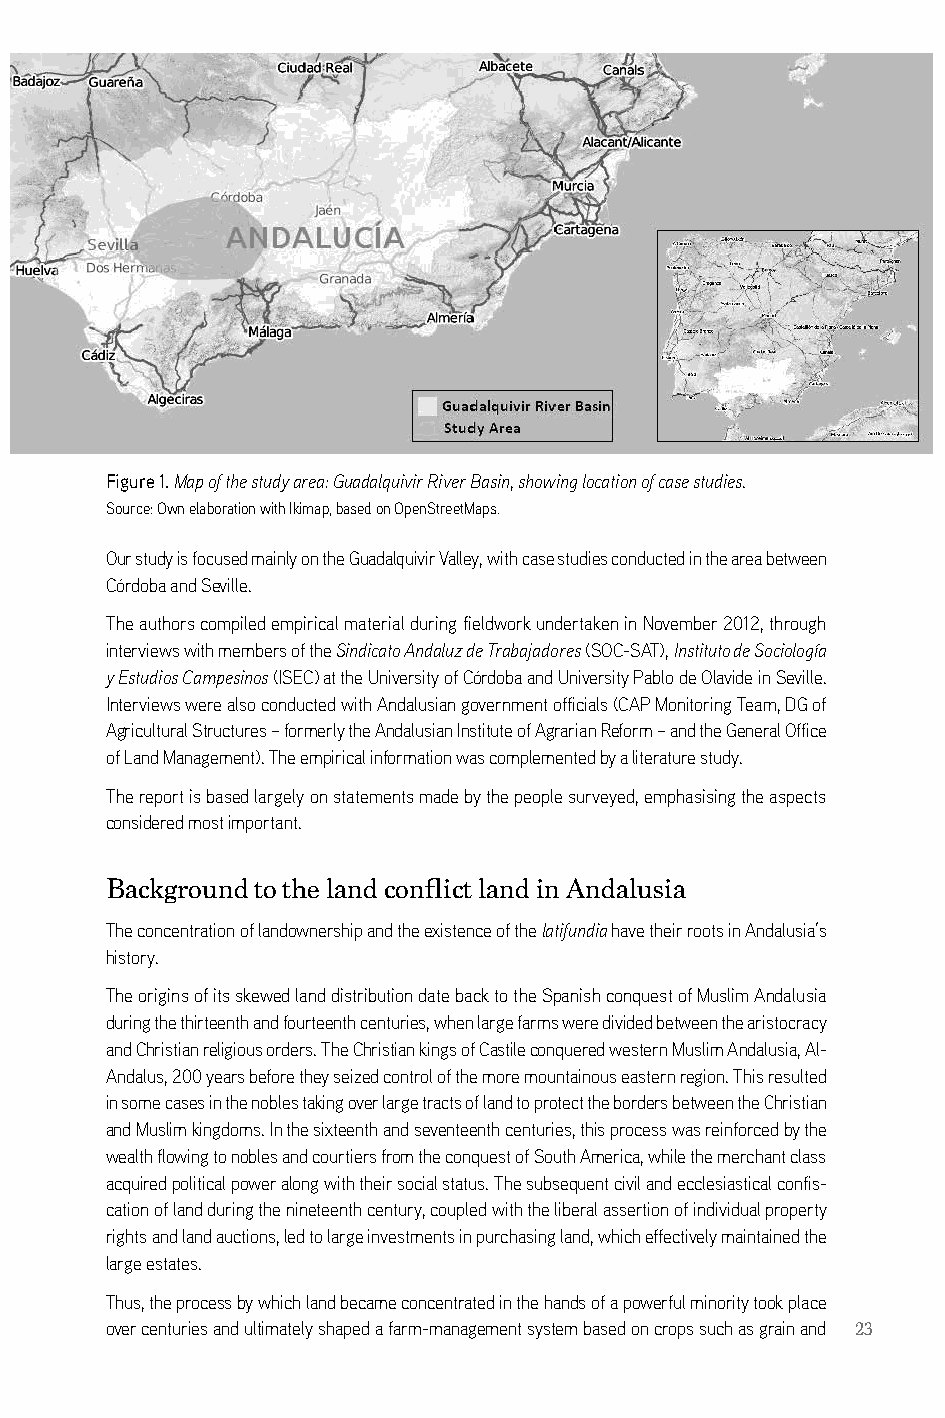
3. Andalusia
 Figure 1. Map of the study area: Guadalquivir River Basin, showing location of case studies.
 source: own elaboration with ikimap, based on openstreetMaps.
 our study is focused mainly on the guadalquivir Valley, with case studies conducted in the area between
 córdoba and seville.
 The authors compiled empirical material during fieldwork undertaken in november 2012, through
 interviews with members of the Sindicato Andaluz de Trabajadores (soc-saT), Instituto de Sociología
 y Estudios Campesinos (isec) at the University of córdoba and University Pablo de olavide in seville.
 interviews were also conducted with andalusian government officials (caP Monitoring Team, dg of
 agricultural structures – formerly the andalusian institute of agrarian reform – and the general office
 of land Management). The empirical information was complemented by a literature study.
 The report is based largely on statements made by the people surveyed, emphasising the aspects
 considered most important.
 Background to the land conflict land in Andalusia
 The concentration of landownership and the existence of the latifundia have their roots in andalusia’s
 history.
 The origins of its skewed land distribution date back to the spanish conquest of Muslim andalusia
 during the thirteenth and fourteenth centuries, when large farms were divided between the aristocracy
 and christian religious orders. The christian kings of castile conquered western Muslim andalusia, al-
 andalus, 200 years before they seized control of the more mountainous eastern region. This resulted
 in some cases in the nobles taking over large tracts of land to protect the borders between the christian
 and Muslim kingdoms. in the sixteenth and seventeenth centuries, this process was reinforced by the
 wealth flowing to nobles and courtiers from the conquest of south america, while the merchant class
 acquired political power along with their social status. The subsequent civil and ecclesiastical confis-
 cation of land during the nineteenth century, coupled with the liberal assertion of individual property
 rights and land auctions, led to large investments in purchasing land, which effectively maintained the
 large estates.
 Thus, the process by which land became concentrated in the hands of a powerful minority took place
 over centuries and ultimately shaped a farm-management system based on crops such as grain and 23